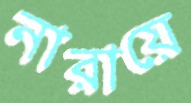
নারায়ে